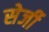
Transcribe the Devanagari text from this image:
सेर्जी